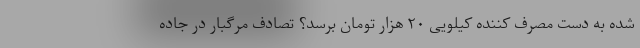
شده به دست مصرف کننده کیلویی ۲۰ هزار تومان برسد؟ تصادف مرگبار در جاده